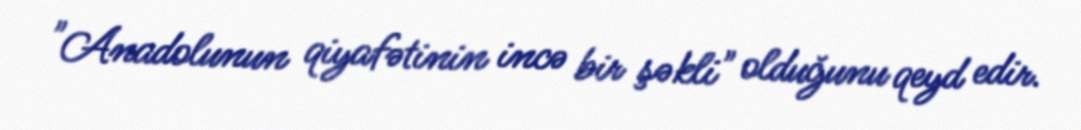
"Anadolunun qiyafətinin incə bir şəkli" olduğunu qeyd edir.